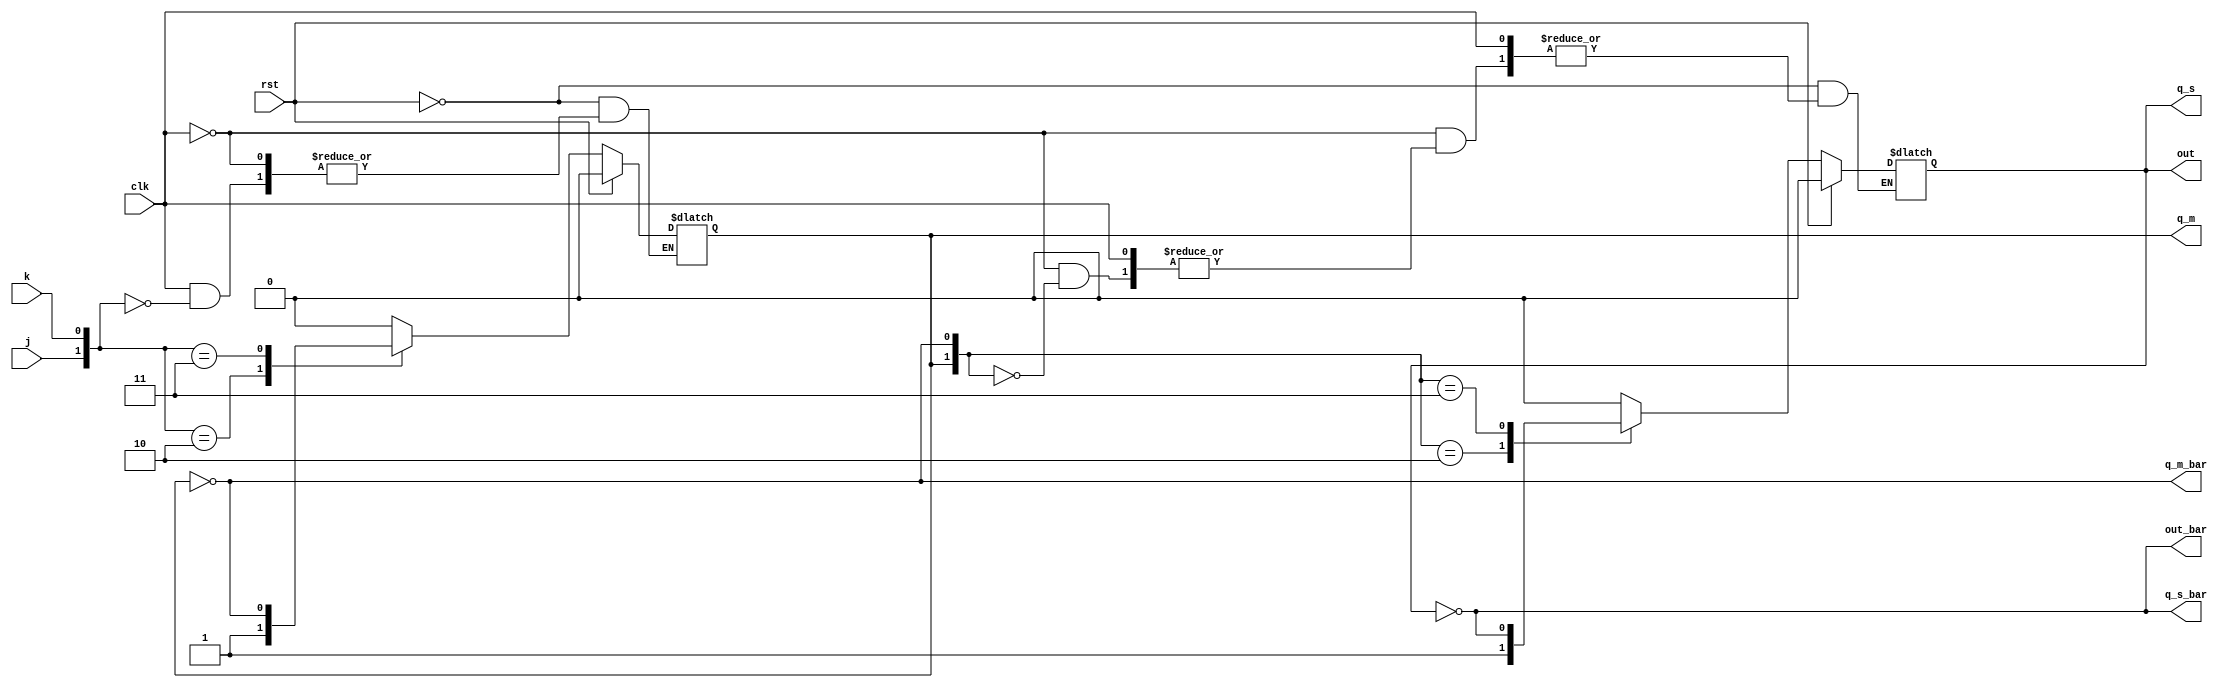
`timescale 1ns / 1ps

module master_jk_ff(j,k,rst,clk,out,out_bar,q_m,q_m_bar,q_s,q_s_bar);
input j,k,clk,rst;
output reg q_m,q_s;
output out,out_bar,q_m_bar,q_s_bar;

always@(clk or rst)
begin
if(rst==1) 
begin            //when reset is 0 then output will 0
q_m<=0; q_s<=0; 
end

else if(clk==1)  //high level of clock
begin
case({j,k})      
2'b00 : q_m<=q_m;
2'b01 : q_m<=1'b0;
2'b10 : q_m<=1'b1;
2'b11: q_m<=~q_m;
endcase
end

else if(clk==0)  //low level of clock
begin
case({q_m,q_m_bar})
2'b00 : q_s<=q_s;
2'b01 : q_s<=1'b0;
2'b10 : q_s<=1'b1;
2'b11: q_s<=~q_s;
endcase
end
end

assign q_m_bar=~q_m;
assign  q_s_bar=~q_s;

assign out=q_s;
assign out_bar=q_s_bar;

endmodule